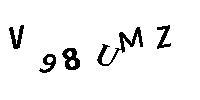
V98UMZ